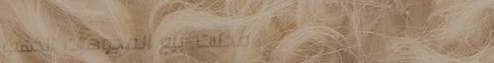
محلات بيع المجوهرات الذهب